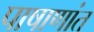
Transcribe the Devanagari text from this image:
पाषाणांत